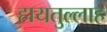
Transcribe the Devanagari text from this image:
हायतुल्लाह